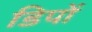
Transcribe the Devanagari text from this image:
डिपों